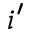
i ^ { \prime }